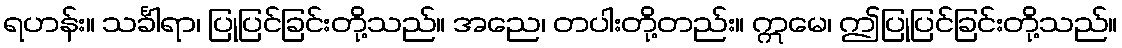
ရဟန်း။ သင်္ခါရာ၊ ပြုပြင်ခြင်းတို့သည်။ အညေ၊ တပါးတို့တည်း။ ဣမေ၊ ဤပြုပြင်ခြင်းတို့သည်။